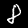
Digit: 8